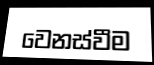
වෙනස්වීම